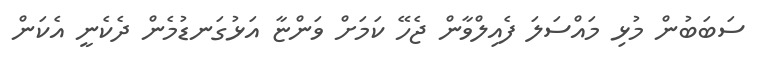
ސަބަބުން މުޅި މައްސަލަ ފެއިލްވާން ޖެހޭ ކަމަށް ވަންޏާ އަޅުގަނޑުމެން ދެކެނީ އެކަން